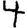
Digit: 4